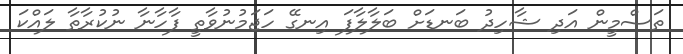
ތަސްމީން އަދި ޝާހިދު ބަނޑަށް ބަލާލާފަ އިނގޭ ހަޖަމުނުވާތީ ފާހާނާ ނުކުރާތާ ލައްކަ